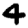
Digit: 4